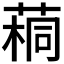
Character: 𫈷